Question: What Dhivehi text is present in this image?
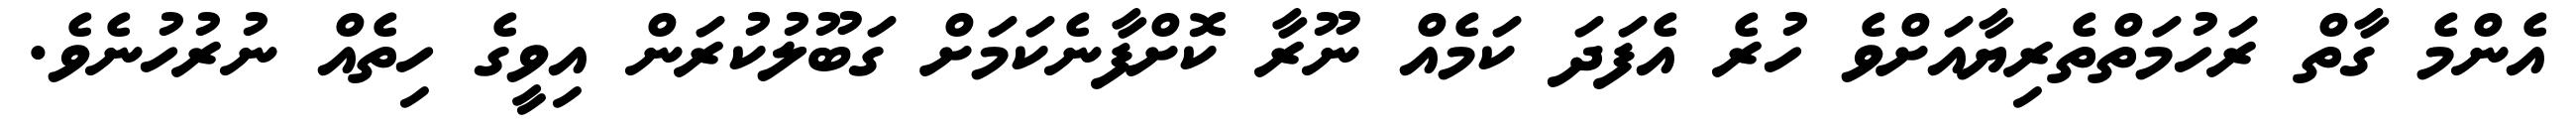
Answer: އެންމެ ގާތް ރަހުމަތްތެރިޔާއަށްވެ ހުރެ އެފަދަ ކަމެއް ނޫރާ ކޮށްފާނެކަމަށް ގަބޫލުކުރަން އިވީގެ ހިތެއް ނުރުހުނެވެ.